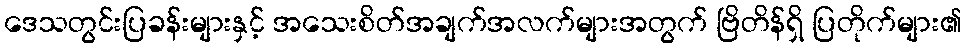
ဒေသတွင်းပြခန်းများနှင့် အသေးစိတ်အချက်အလက်များအတွက် ဗြိတိန်ရှိ ပြတိုက်များ၏